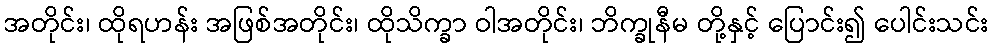
အတိုင်း၊ ထိုရဟန်း အဖြစ်အတိုင်း၊ ထိုသိက္ခာ ဝါအတိုင်း၊ ဘိက္ခုနီမ တို့နှင့် ပြောင်း၍ ပေါင်းသင်း